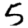
Digit: 5